Riigikantselei, lk 171
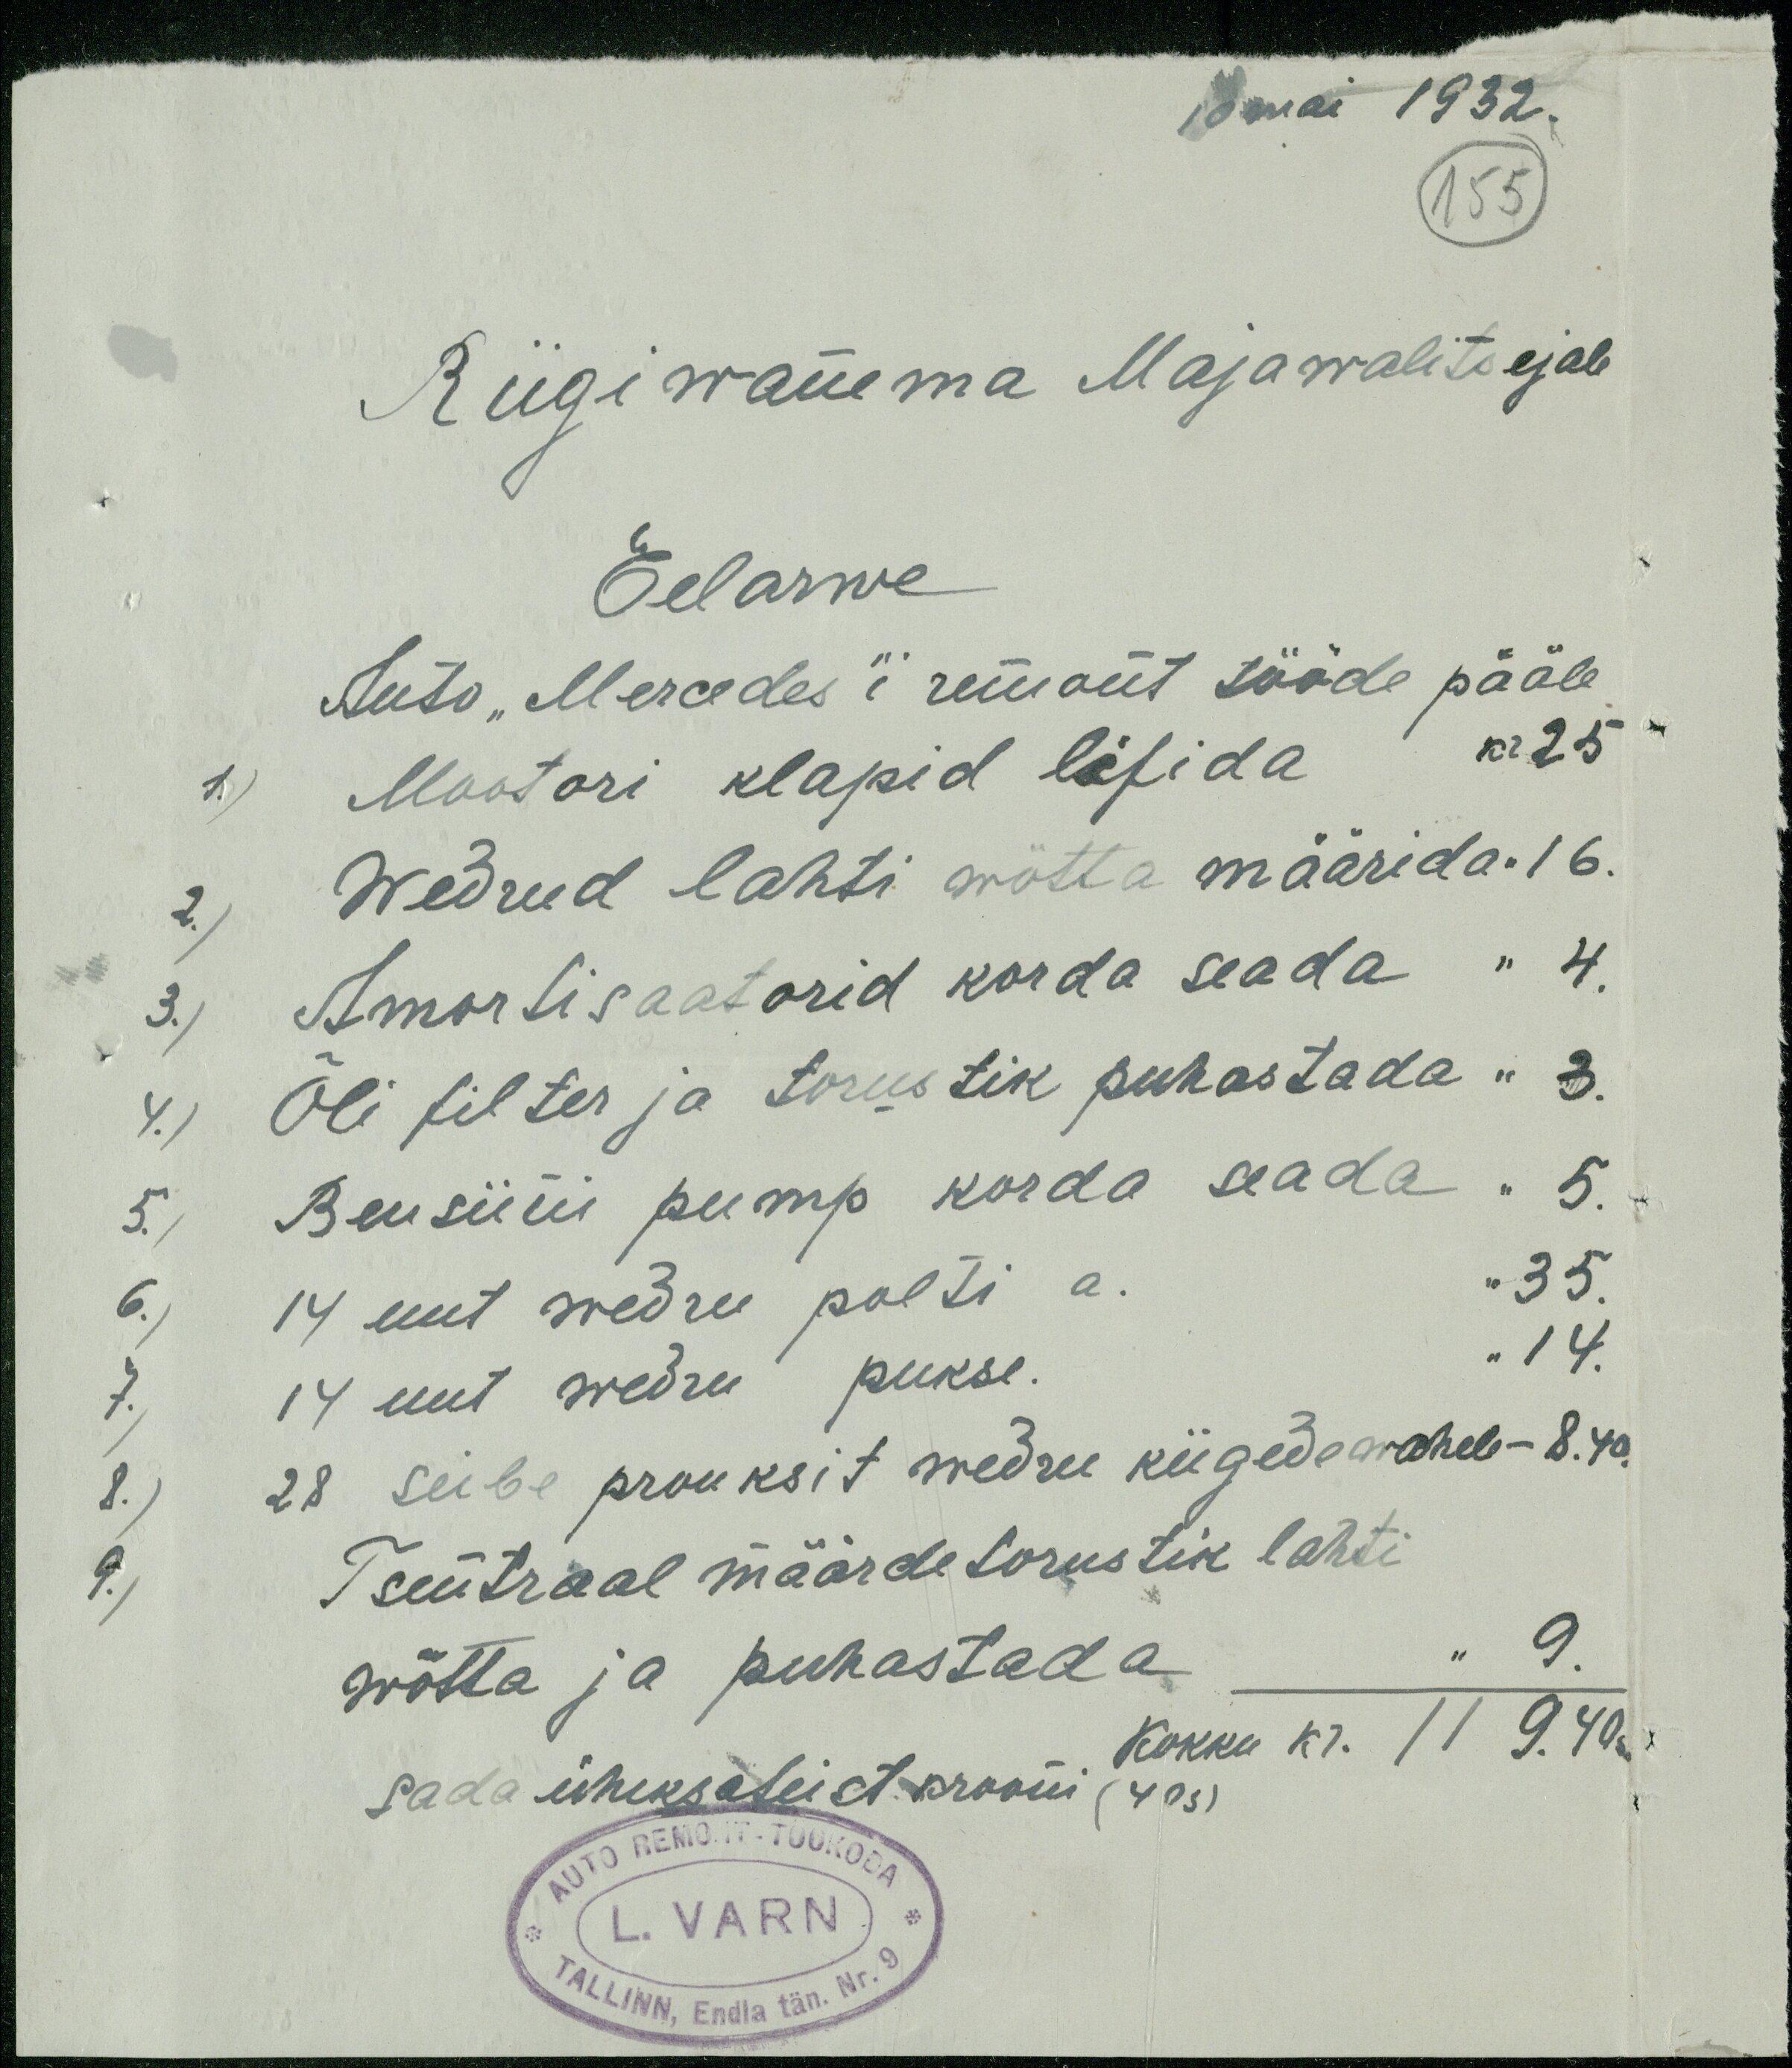
10 mai 1932.
155
Riigiwanema Majawalitsejale
Eelarwe
Auto "Mecedes"i remont tööde pääle
1,) Mootori klapid lifida kr 25
2.) Wedrud lahti wötta määrida '' 16.
3.) Amortisaatorid korda seada ''  4.
4.) Õli filter ja torustik puhastada " 3.
5.) Bensiini pump korda seada " 5.
6.) 14 uut wedru polti a. '' 35.
7.) 14 uut wedru pukse. " 14.
8.) 28 seibe pronksit wedru kiigede wahele - 8.40.
9.) Tsentraal määrdetorustik lahti
wõtta ja puhastada " 9.
Kokku kr. 119.40 s
Sada üheksateist krooni (40s)
AUTO REMONDI-TÖÖKODA
L. VARN
TALLINN, Endla tän. Nr. 9